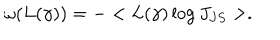
\omega ( L ( \gamma ) ) = - < L ( \gamma ) \log J _ { J S } > .